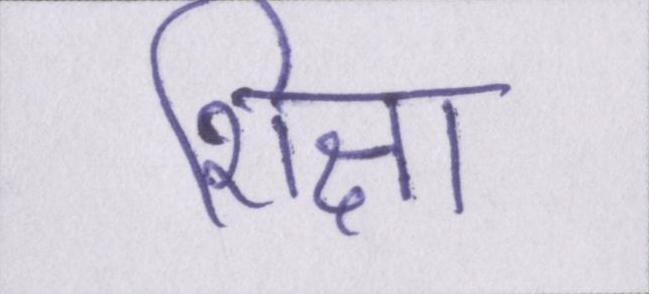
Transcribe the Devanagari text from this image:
शिक्षा